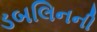
ડબલિનની